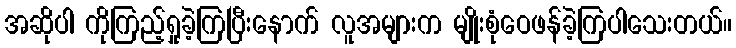
အဆိုပါ ကိုကြည့်ရှုခဲ့ကြပြီးနောက် လူအများက မျိုးစုံဝေဖန်ခဲ့ကြပါသေးတယ်။